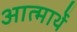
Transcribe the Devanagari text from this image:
आत्मार्थे